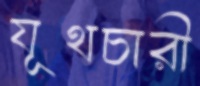
যূথচারী